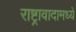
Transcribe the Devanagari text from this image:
राष्ट्रावादामध्ये